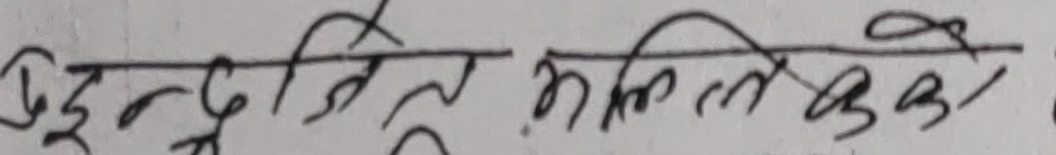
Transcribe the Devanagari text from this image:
देवेन्द्र जिते मलिता बुझो